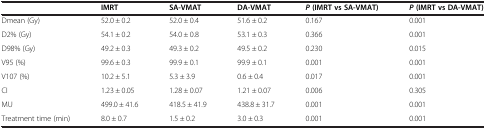
|  | IMRT | SA-VMAT | DA-VMAT | P(IMRT vs SA-VMAT) | P(IMRT vs DA-VMAT) |
 | --- | --- | --- | --- | --- | --- |
 | Dmean (Gy) | 52.0 ± 0.2 | 52.0 ± 0.4 | 51.6 ± 0.2 | 0.167 | 0.001 |
 | D2% (Gy) | 54.1 ± 0.2 | 54.0 ± 0.8 | 53.1 ± 0.3 | 0.366 | 0.001 |
 | D98% (Gy) | 49.2 ± 0.3 | 49.3 ± 0.2 | 49.5 ± 0.2 | 0.230 | 0.015 |
 | V95 (%) | 99.6 ± 0.3 | 99.9 ± 0.1 | 99.9 ± 0.1 | 0.001 | 0.001 |
 | V107 (%) | 10.2 ± 5.1 | 5.3 ± 3.9 | 0.6 ± 0.4 | 0.017 | 0.001 |
 | CI | 1.23 ± 0.05 | 1.28 ± 0.07 | 1.21 ± 0.07 | 0.006 | 0.305 |
 | MU | 499.0 ± 41.6 | 418.5 ± 41.9 | 438.8 ± 31.7 | 0.001 | 0.001 |
 | Treatment time (min) | 8.0 ± 0.7 | 1.5 ± 0.2 | 3.0 ± 0.3 | 0.001 | 0.001 |